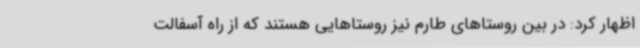
اظهار کرد: در بین روستاهای طارم نیز روستاهایی هستند که از راه آسفالت